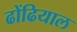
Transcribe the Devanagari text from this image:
ढोंढियाल